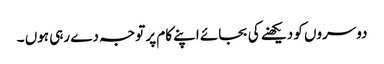
دوسروں کو دیکھنے کی بجائے اپنے کام پر توجہ دے رہی ہوں ۔